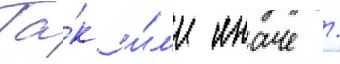
Та́к и́л'и иначе /